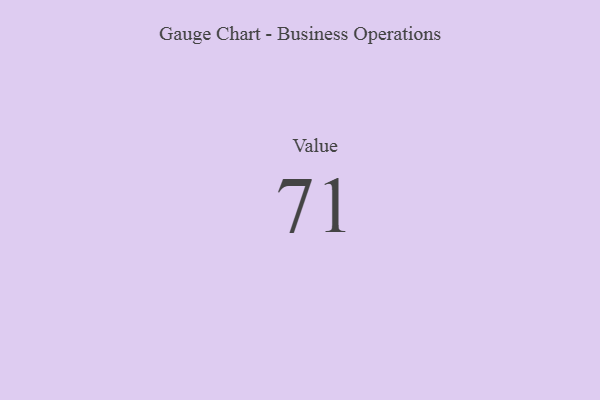
{"axis": {"x": "Metric", "y": "Value"}, "legend": [""], "data": [{"x": "Value", "y": 71, "type": ""}]}